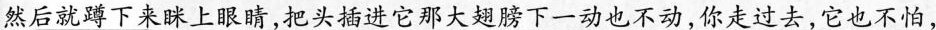
然后就蹲下来眯上眼睛，把头插进它那大翅膀下一动也不动，你走过去，它也不怕，